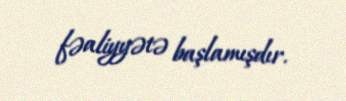
fəaliyyətə başlamışdır.